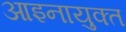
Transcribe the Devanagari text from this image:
आइनायुक्त